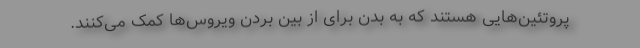
پروتئین‌هایی هستند که به بدن برای از بین بردن ویروس‌ها کمک می‌کنند.